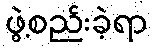
ဖွဲ့စည်းခဲ့ရာ